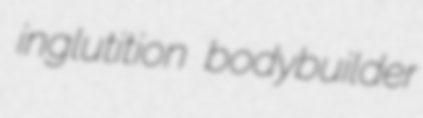
inglutition bodybuilder